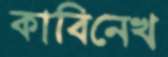
কাবিনেখ